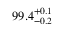
9 9 . 4 _ { - 0 . 2 } ^ { + 0 . 1 } \